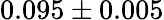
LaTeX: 0.095\pm 0.005